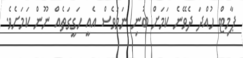
ޕާމިޓް ހުއްދަ ދެވޭނެ ކަމަށް ބުނި ނަމަވެސް އެއީ ހަގީގަތެއް ނޫން ކަމަށެވެ.